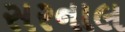
સરનાલ